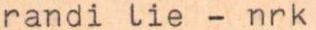
randi lie - nrk